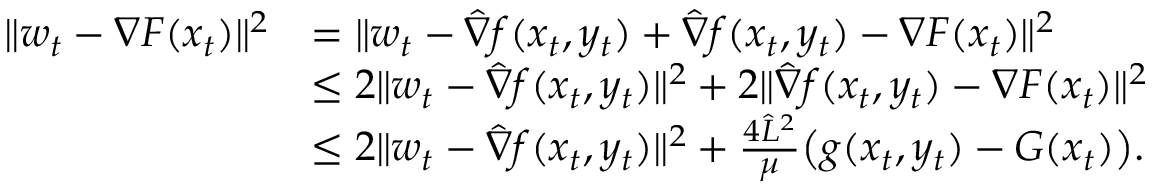
\begin{array} { r l } { \| w _ { t } - \nabla F ( x _ { t } ) \| ^ { 2 } } & { = \| w _ { t } - \hat { \nabla } f ( x _ { t } , y _ { t } ) + \hat { \nabla } f ( x _ { t } , y _ { t } ) - \nabla F ( x _ { t } ) \| ^ { 2 } } \\ & { \leq 2 \| w _ { t } - \hat { \nabla } f ( x _ { t } , y _ { t } ) \| ^ { 2 } + 2 \| \hat { \nabla } f ( x _ { t } , y _ { t } ) - \nabla F ( x _ { t } ) \| ^ { 2 } } \\ & { \leq 2 \| w _ { t } - \hat { \nabla } f ( x _ { t } , y _ { t } ) \| ^ { 2 } + \frac { 4 \hat { L } ^ { 2 } } { \mu } \big ( g ( x _ { t } , y _ { t } ) - G ( x _ { t } ) \big ) . } \end{array}